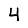
Digit: 4